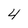
Character: 4